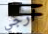
ارجي